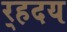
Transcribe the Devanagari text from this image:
र्‍हदय